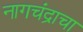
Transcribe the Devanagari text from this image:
नागचंद्राचा